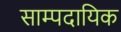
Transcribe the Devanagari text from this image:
साम्पदायिक